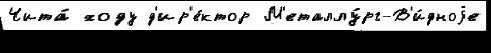
Чита́ ходу д'ир'е́ктор М'еталлу́рг-В'и́дноjе